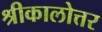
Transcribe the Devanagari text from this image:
श्रीकालोत्तर